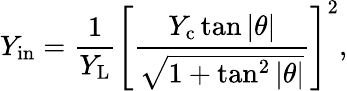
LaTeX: Y_{\mathrm{in}}=\frac{1}{Y_{\mathrm{L}}}\left[\frac{Y_{\mathrm{c}}\tan|\theta|}{\sqrt{1+\tan^{2}|\theta|}}\right]^{2},